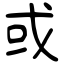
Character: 或